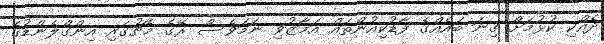
ދެއްކި ކުޅުމަށް ގިނަ ބައެއްގެ ފާޑުކިއުންތައް އަމާޒުވި ނަމަވެސް ރޭގެ މެޗުގައި އިންގްލެންޑުގެ